Papers set at the Examination for Leaving Certificates, 1894
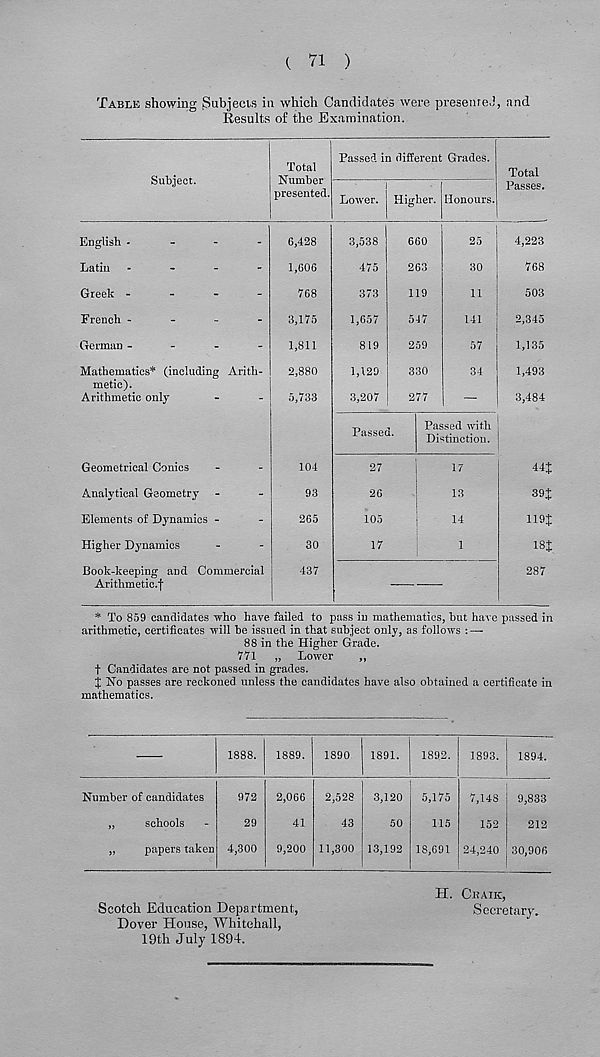
( 71 )
Table showing Subjects in which Candidates were presented, and
Results of the Examination.
Subject.
Total
Number
presented.
Passed in different Grades.
Lower. Hifrber. Honours,
Total
Passes.
English .
-
-
-
Latin -
-
-
-
Greek -
-
-
-
French -
-
_
-
German -
-
-
-
Mathematics* (including Arith-
metic).
Arithmetic only
Geometrical Conics
Analytical Geometry
Elements of Dynamics -
Higher Dynamics
Book-keeping and Commercial
Arithmetic.f
6,428
1,606
768
3,175
1,811
2,880
5,733
104
93
265
30
437
3,538
475
373
1,657
819
1,129
3,207
660
263
119
547
259
330
277
25
30
11
141
57
34
Passed.
Passed with
Distinction.
27
26
105
17
17
13
14
1
4,223
768
503
2,345
1,135
1,493
3,484
44J
39£
119J
18J.
287
* To 859 candidates who have failed to pass in mathematics, but have passed in
arithmetic, certificates will he issued in that subject only, as follows : —•
88 in the Higher Grade.
771 „ Lower
„
t Candidates are not passed in grades.
J No passes are reckoned unless the candidates have also obtained a certificate in
mathematics.
1888. 1889. 1890 1891. 1892. 1893. 1894.
Number of candidates
„
schools
„
papers taken
972
29
4,300
2,066
41
9,200
2,528
43
11,300
3,120
50
13,192
5,175
115
18,691
7,148
152
24,240
9,833
212
30,906
Scotch Education Department,
Dover House, Whitehall,
19th July 1894.
H. Onaik,
Secretary.